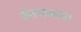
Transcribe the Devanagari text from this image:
वेतनमान।